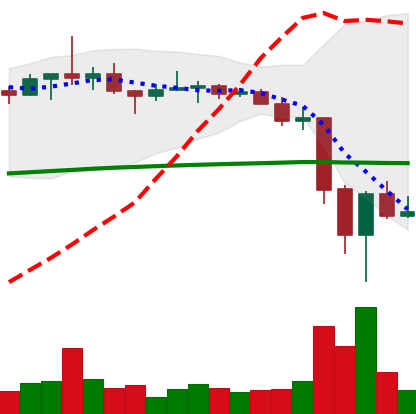
Ticker: TRX-USD
Chart end date: 2022-06-17
Forward return: 5.43%
Label: up_5_7